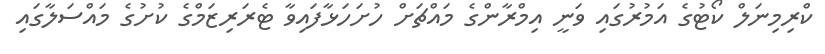
ކްރިމިނަލް ކޯޓުގެ އަމުރުގައި ވަނީ އިމްރާންގެ މައްޗަށް ހުށަހަޅާފައިވާ ޓެރަރިޒަމްގެ ކުށުގެ މައްސަލާގައި